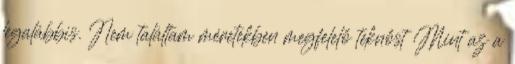
legalábbis. Nem találtam méretekben megfelelő teknőst Mint az a